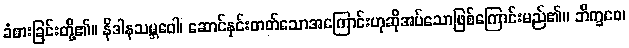
ခံစားခြင်းတို့၏။ နိဒါနသမ္ဘဝေါ၊ ဆောင်နှင်းတတ်သောအကြောင်းဟုဆိုအပ်သောဖြစ်ကြောင်းမည်၏။ ဘိက္ခဝေ၊